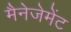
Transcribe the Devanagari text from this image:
मैनेजेमेंट